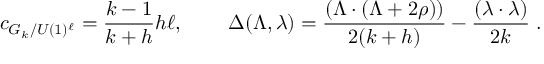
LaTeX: c _ { G _ { k } / U ( 1 ) ^ { \ell } } = \frac { k - 1 } { k + h } h \ell , \, \quad \quad \Delta ( \Lambda , \lambda ) = \frac { ( \Lambda \cdot ( \Lambda + 2 \rho ) ) } { 2 ( k + h ) } - \frac { ( \lambda \cdot \lambda ) } { 2 k } \; .